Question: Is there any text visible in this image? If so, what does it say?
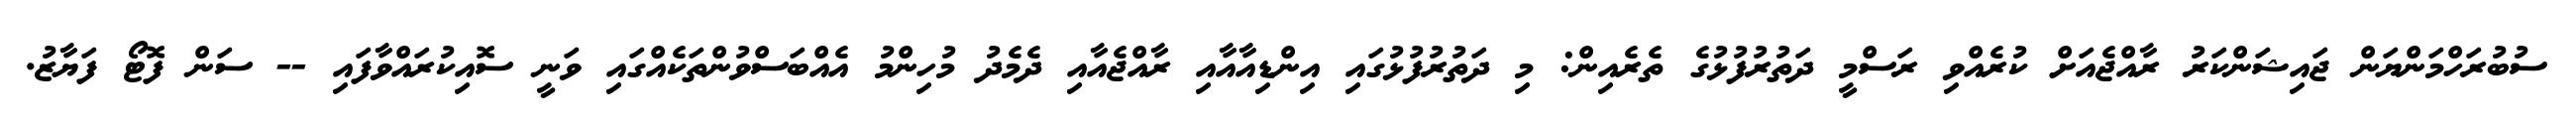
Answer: ސުބުރަހްމަންޔަން ޖައިޝަންކަރު ރާއްޖެއަށް ކުރެއްވި ރަސްމީ ދަތުރުފުޅުގެ ތެރެއިން: މި ދަތުރުފުޅުގައި އިންޑިއާއާއި ރާއްޖެއާއި ދެމެދު މުހިންމު އެއްބަސްވުންތަކެއްގައި ވަނީ ސޮއިކުރައްވާފައި -- ސަން ފޮޓޯ ފަޔާޒު.